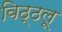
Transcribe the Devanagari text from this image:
विठ्ठलू